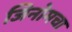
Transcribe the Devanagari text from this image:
जिनोमचा